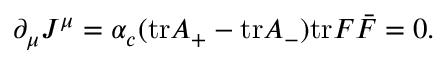
\partial _ { \mu } J ^ { \mu } = \alpha _ { c } ( \mathrm { t r } A _ { + } - \mathrm { t r } A _ { - } ) \mathrm { t r } F \bar { F } = 0 .